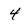
Character: 4